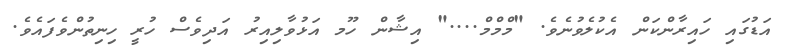
އަޑުގައި ހައިރާންކަން އެކުލެވުނެވެ. "މްމްމް...." އިޝާން ހޫމ އަޅުވާލިއިރު އަދިވެސް ހުރީ ހިނިތުންވެފައެވެ.